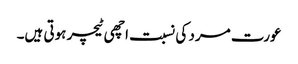
عورت مرد کی نسبت اچھی ٹیچر ہوتی ہیں۔